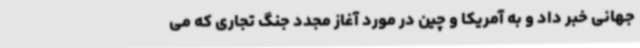
جهانی خبر داد و به آمریکا و چین در مورد آغاز مجدد جنگ تجاری که می